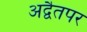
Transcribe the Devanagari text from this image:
अद्वैतपर